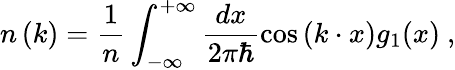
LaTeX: n\left(k\right)=\frac{1}{n}\int_{-\infty}^{+\infty}\frac{dx}{2\pi\hbar}\cos\left(k\cdot x\right)g_{1}(x)\ ,